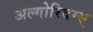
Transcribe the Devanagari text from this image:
अल्गोरिदम्स्